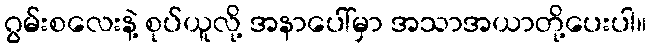
ဂွမ်းစလေးနဲ့ စုပ်ယူလို့ အနာပေါ်မှာ အသာအယာတို့ပေးပါ။